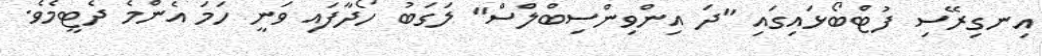
އިނގިރޭސި ފުޓްބޯޅައިގައި "ދަ އިންވިންސިބްލްސް" ލަގަބު ހޯދާފައި ވަނީ ހަމަ އެންމެ ދެޓީމެވެ.